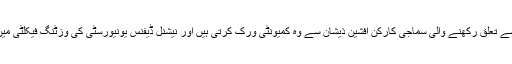
پاکستان ڈایری میں اس بار ملاقات کریں اسلام آباد سے تعلق رکھنے والی سماجی کارکن افشین ذیشان سے وہ کمیونٹی ورک کرتی ہیں اور نیشنل ڈیفنس یونیورسٹی کی وزٹنگ فیکلٹی میں گورنمنٹ اور پبلک پالیسی کا مضمون پڑھاتی ہیں۔